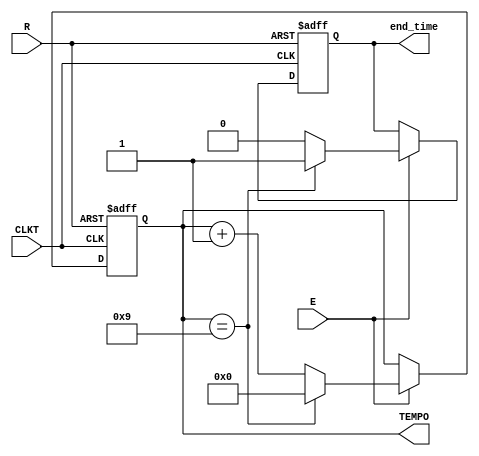
module Counter_time(
 CLKT, R, E, 
 TEMPO,
 end_time
);

parameter SIZE = 4;
input wire CLKT, R, E;

output reg [SIZE - 1:0] TEMPO;
output reg end_time;

always @(posedge CLKT or posedge R) begin
	if (R == 1'b1) begin TEMPO <= 4'b0000; end_time <= 1'b0; end
	else begin 
	if (E == 1'b1)	begin
	  	TEMPO <= TEMPO + 1'b1;
		end_time <= 1'b0;
	  
		if (TEMPO == 4'b1001) begin
			TEMPO <= 4'b0000;
			end_time <= 1'b1;
		end
	
		end
	end
end

endmodule